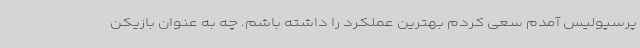
پرسپولیس آمدم سعی کردم بهترین عملکرد را داشته باشم. چه به عنوان بازیکن